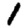
Digit: 1